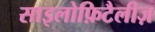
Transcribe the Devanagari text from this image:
साइलोफ़िटैलीज़